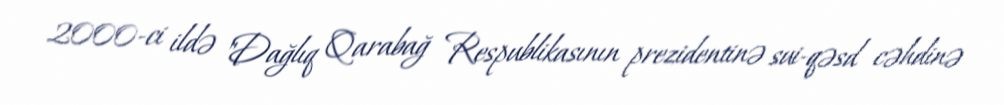
2000-ci ildə "Dağlıq Qarabağ Respublikasının prezidentinə sui-qəsd cəhdinə